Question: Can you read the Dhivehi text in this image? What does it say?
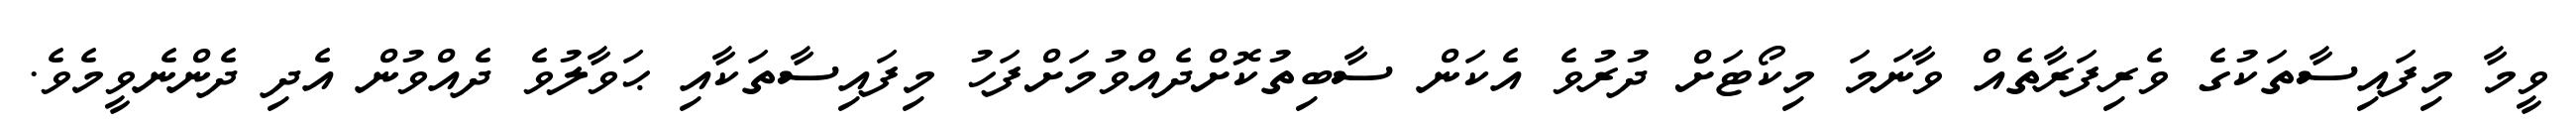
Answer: ވީމާ މިފައިސާތަކުގެ ވެރިފަރާތެއް ވާނަމަ މިކޯޓަށް ދުރުވެ އެކަން ސާބިތުކޮށްދެއްވުމަށްފަހު މިފައިސާތަކާއި ޙަވާލުވެ ދެއްވުން އެދި ދެންނެވީމެވެ.